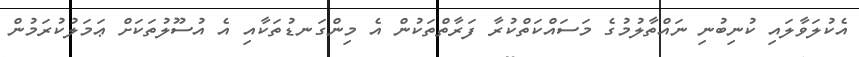
އެކުލަވާލައި ކުނިބުނި ނައްތާލުމުގެ މަސައްކަތްކުރާ ފަރާތްތަކުން އެ މިންގަނޑުތަކާއި އެ އުސޫލުތަކަށް ޢަމަލުކުރަމުން